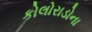
કોલોરાડોના